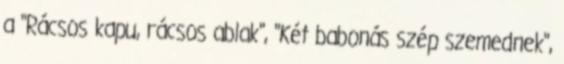
a "Rácsos kapu, rácsos ablak", "Két babonás szép szemednek",